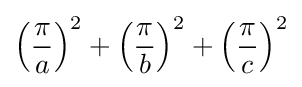
\left({\frac {\pi }{a}}\right)^{2}+\left({\frac {\pi }{b}}\right)^{2}+\left({\frac {\pi }{c}}\right)^{2}